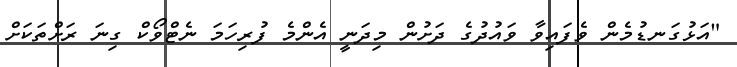
"އަޅުގަނޑުމެން ވެފައިވާ ވައުދުގެ ދަށުން މިދަނީ އެންމެ ފުރިހަމަ ނެޓްވޯކް ގިނަ ރަށްތަކަށް